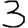
Digit: 3